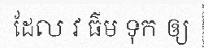
ដែល វ ធ៌ម ទុក ឲ្យ